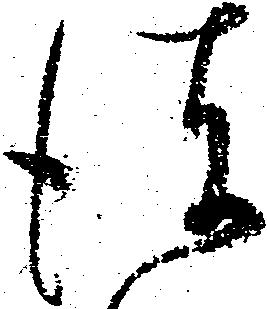
彼